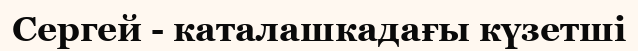
Сергей - каталашкадағы күзетші